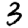
Digit: 3